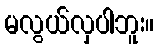
မလွယ်လှပါဘူး။